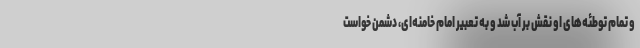
و تمام توطئه‌های او نقش بر آب شد و به تعبیر امام خامنه‌ای، دشمن خواست